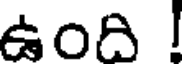
ఉంది !